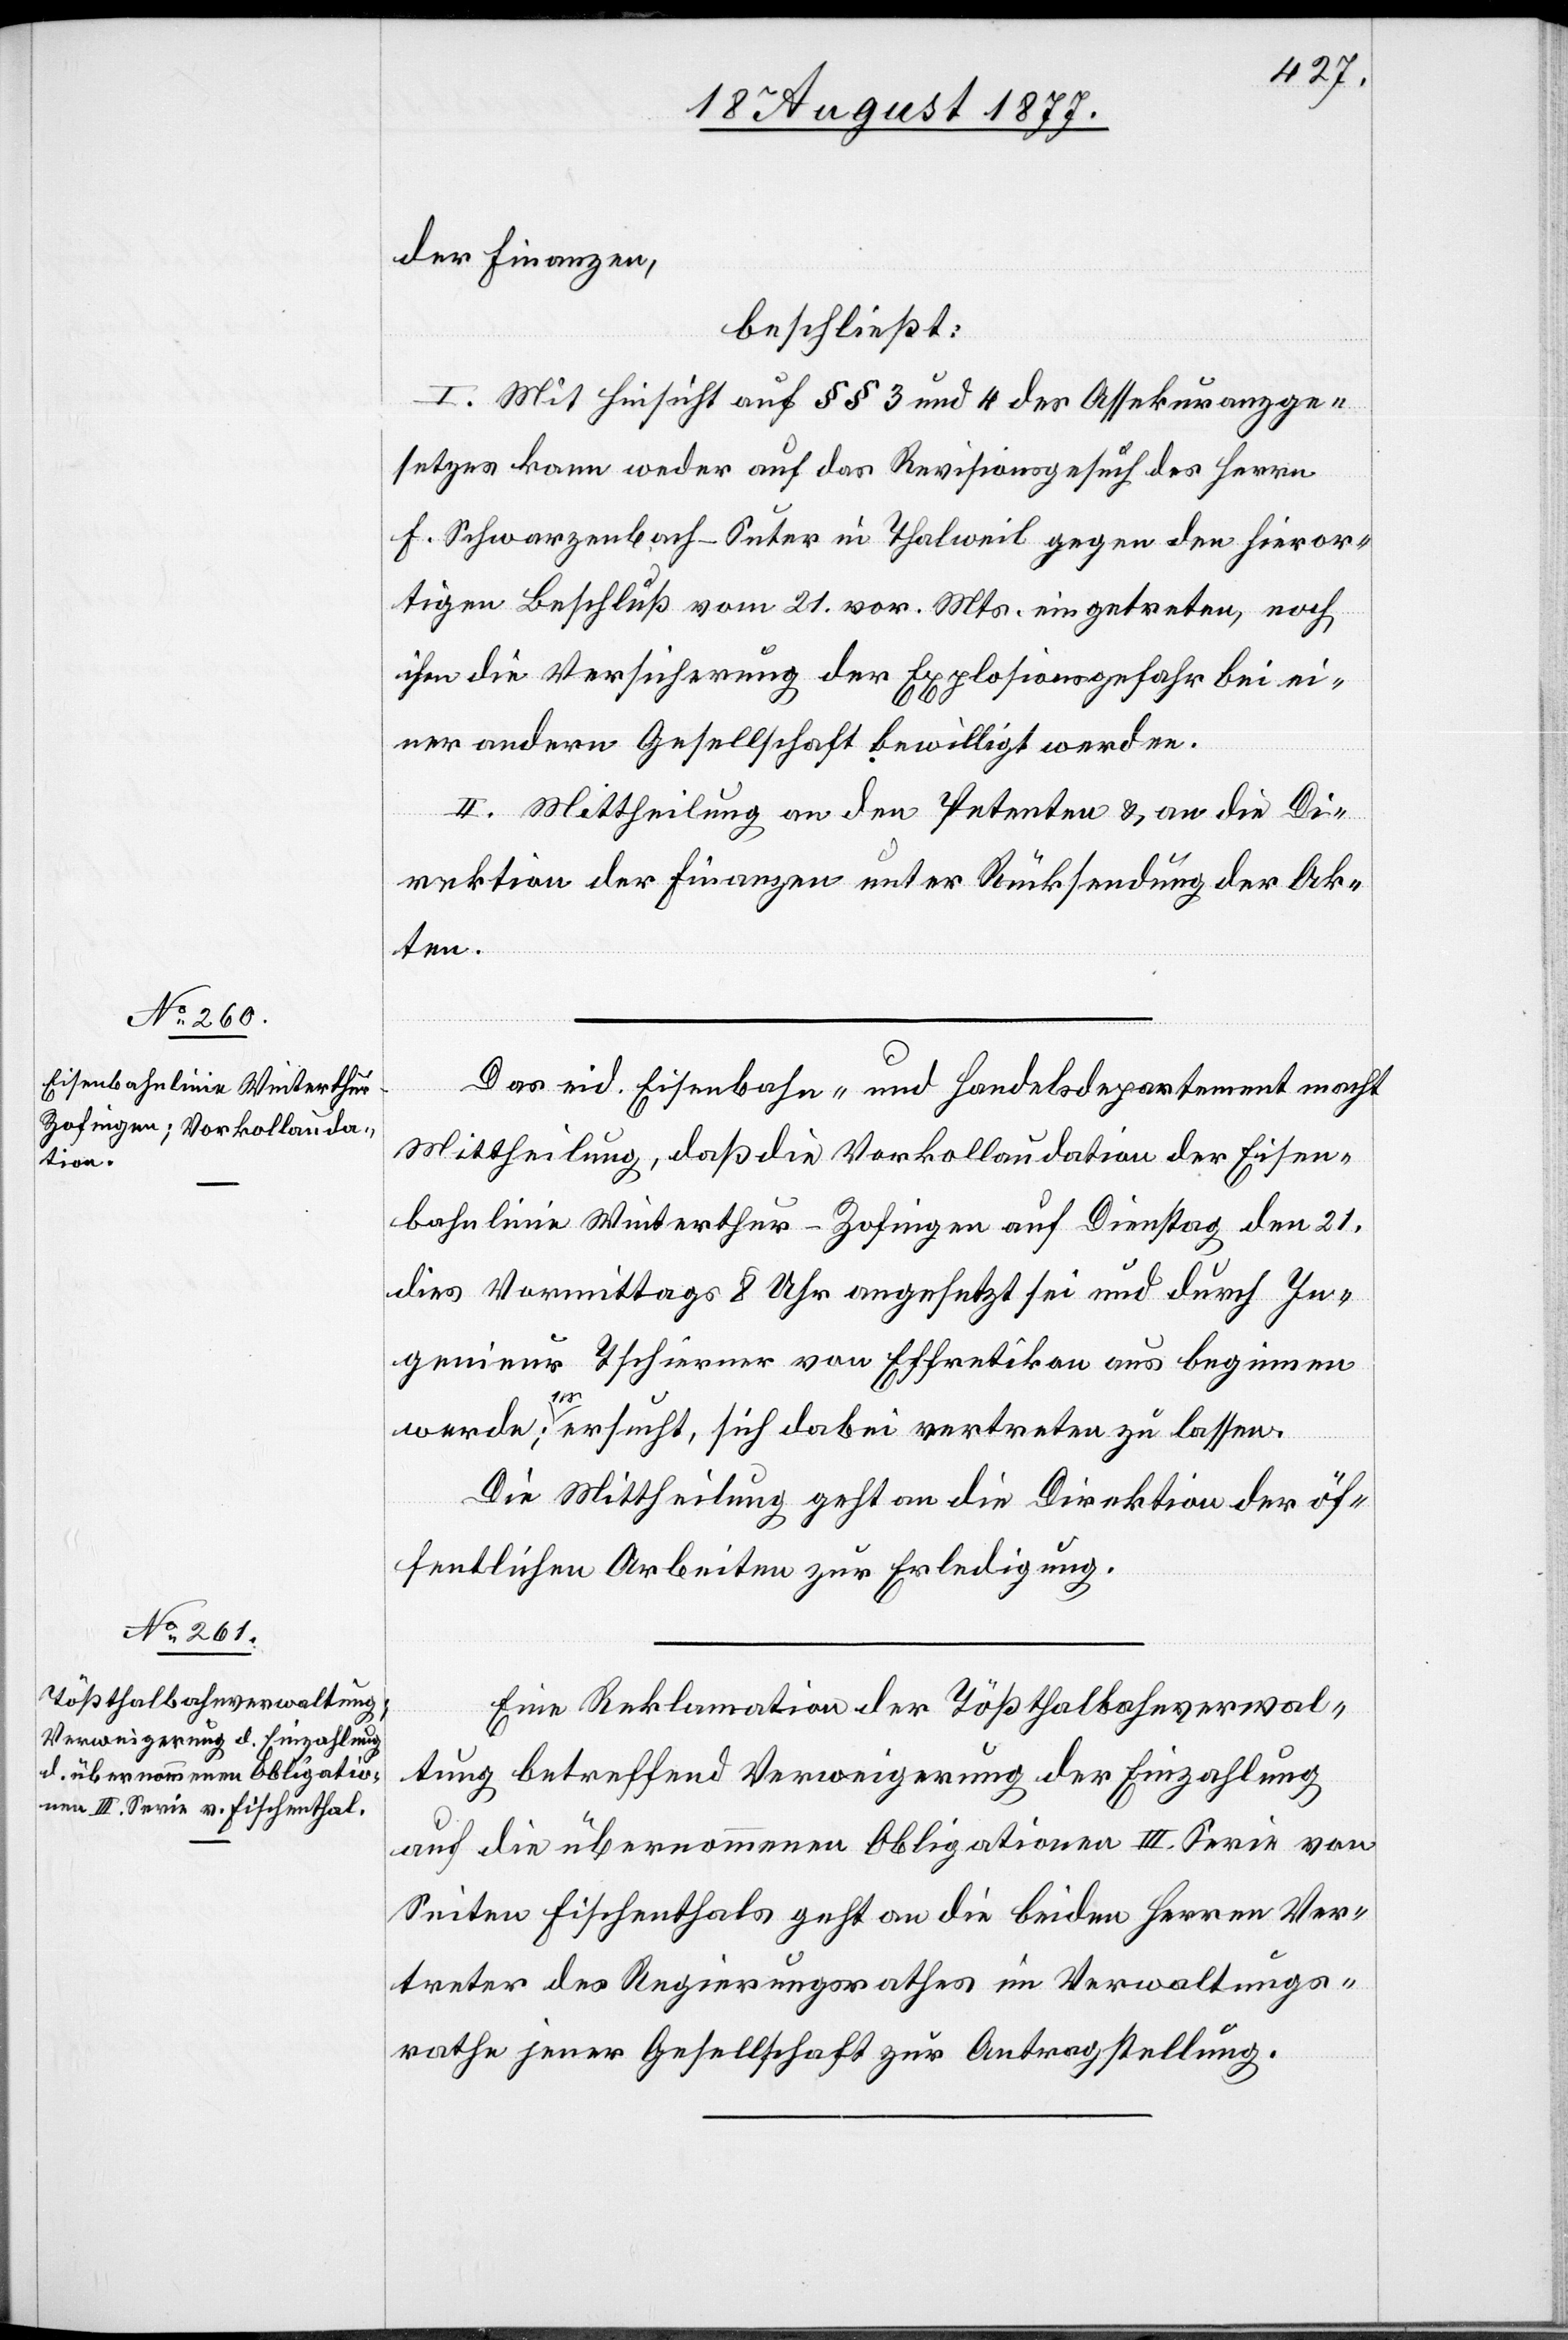
der Finanzen,
beschließt:
I. Mit Hinsicht auf §§ 3 und 4 des Assekuranzge¬
setzes kann weder auf das Revisionsgesuch des Herrn
F. Schwarzenbach-Suter in Thalweil gegen den hieror¬
tigen Beschluß vom 21. vor. Mts. eingetreten, noch
ihm die Versicherung der Explosionsgefahr bei ei¬
ner andern Gesellschaft bewilligt werden.
II. Mittheilung an den Petenten & an die Di¬
rektion der Finanzen unter Rücksendung der Ak¬
ten.
Das eid. Eisenbahn- und Handelsdepartement macht
Mittheilung, daß die Vorkollaudation der Eisen¬
bahnlinie Winterthur–Zofingen auf Dienstag den 21.
dies Vormittags 8 Uhr angesetzt sei und durch In¬
genieur Tschierner von Effretikon aus beginnen
werde; er ersucht, sich dabei vertreten zu lassen.
Die Mittheilung geht an die Direktion der öf¬
fentlichen Arbeiten zur Erledigung.
Eine Reklamation der Tößthalbahnverwal¬
tung betreffend Verweigerung der Einzahlung
auf die übernommenen Obligationen III. Serie von
Seiten Fischenthals geht an die beiden Herren Ver¬
treter des Regierungsrathes im Verwaltungs¬
rathe jener Gesellschaft zur Antragstellung.